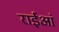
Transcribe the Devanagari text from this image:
राईआं